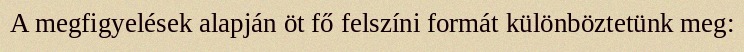
A megfigyelések alapján öt fő felszíni formát különböztetünk meg: